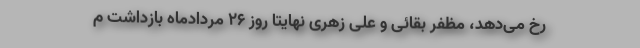
رخ می‌دهد، مظفر بقائی و علی زهری نهایتا روز ۲۶ مردادماه بازداشت م